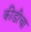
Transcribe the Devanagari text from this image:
कीडीचा